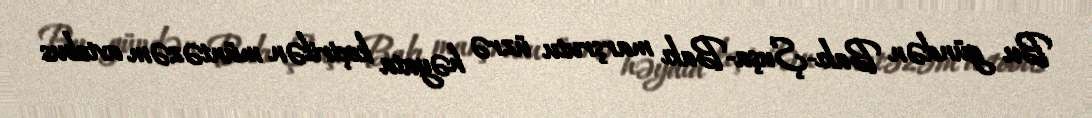
Bu gündən Bakı-Şuşa-Bakı marşrutu üzrə həyata keçirilən müntəzəm avtobus